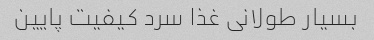
بسیار طولانی غذا سرد کیفیت پایین